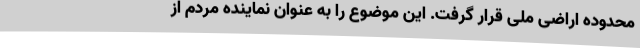
محدوده اراضی ملی قرار گرفت. این موضوع را به عنوان نماینده مردم از